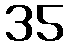
35